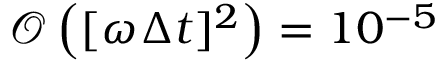
\mathcal { O } \left( [ \omega _ { } \Delta t { } ] ^ { 2 } \right) = 1 0 ^ { - 5 }